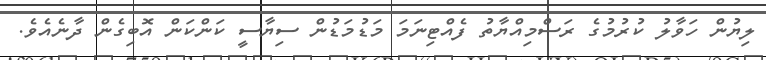
ލިޔުން ހަވާލު ކުރުމުގެ ރަސްމިއްޔާތު ފެއްޓިނަމަ މަޑުމަޑުން ސިޔާސީ ކަންކަން އޮބިގެން ދާނެއެވެ.